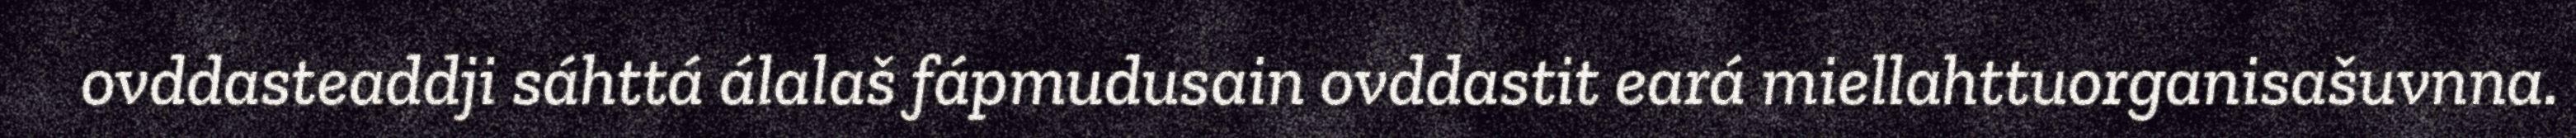
ovddasteaddji sáhttá álalaš fápmudusain ovddastit eará miellahttuorganisašuvnna.